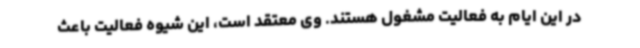
در این ایام به فعالیت مشغول هستند. وی معتقد است، این شیوه فعالیت باعث